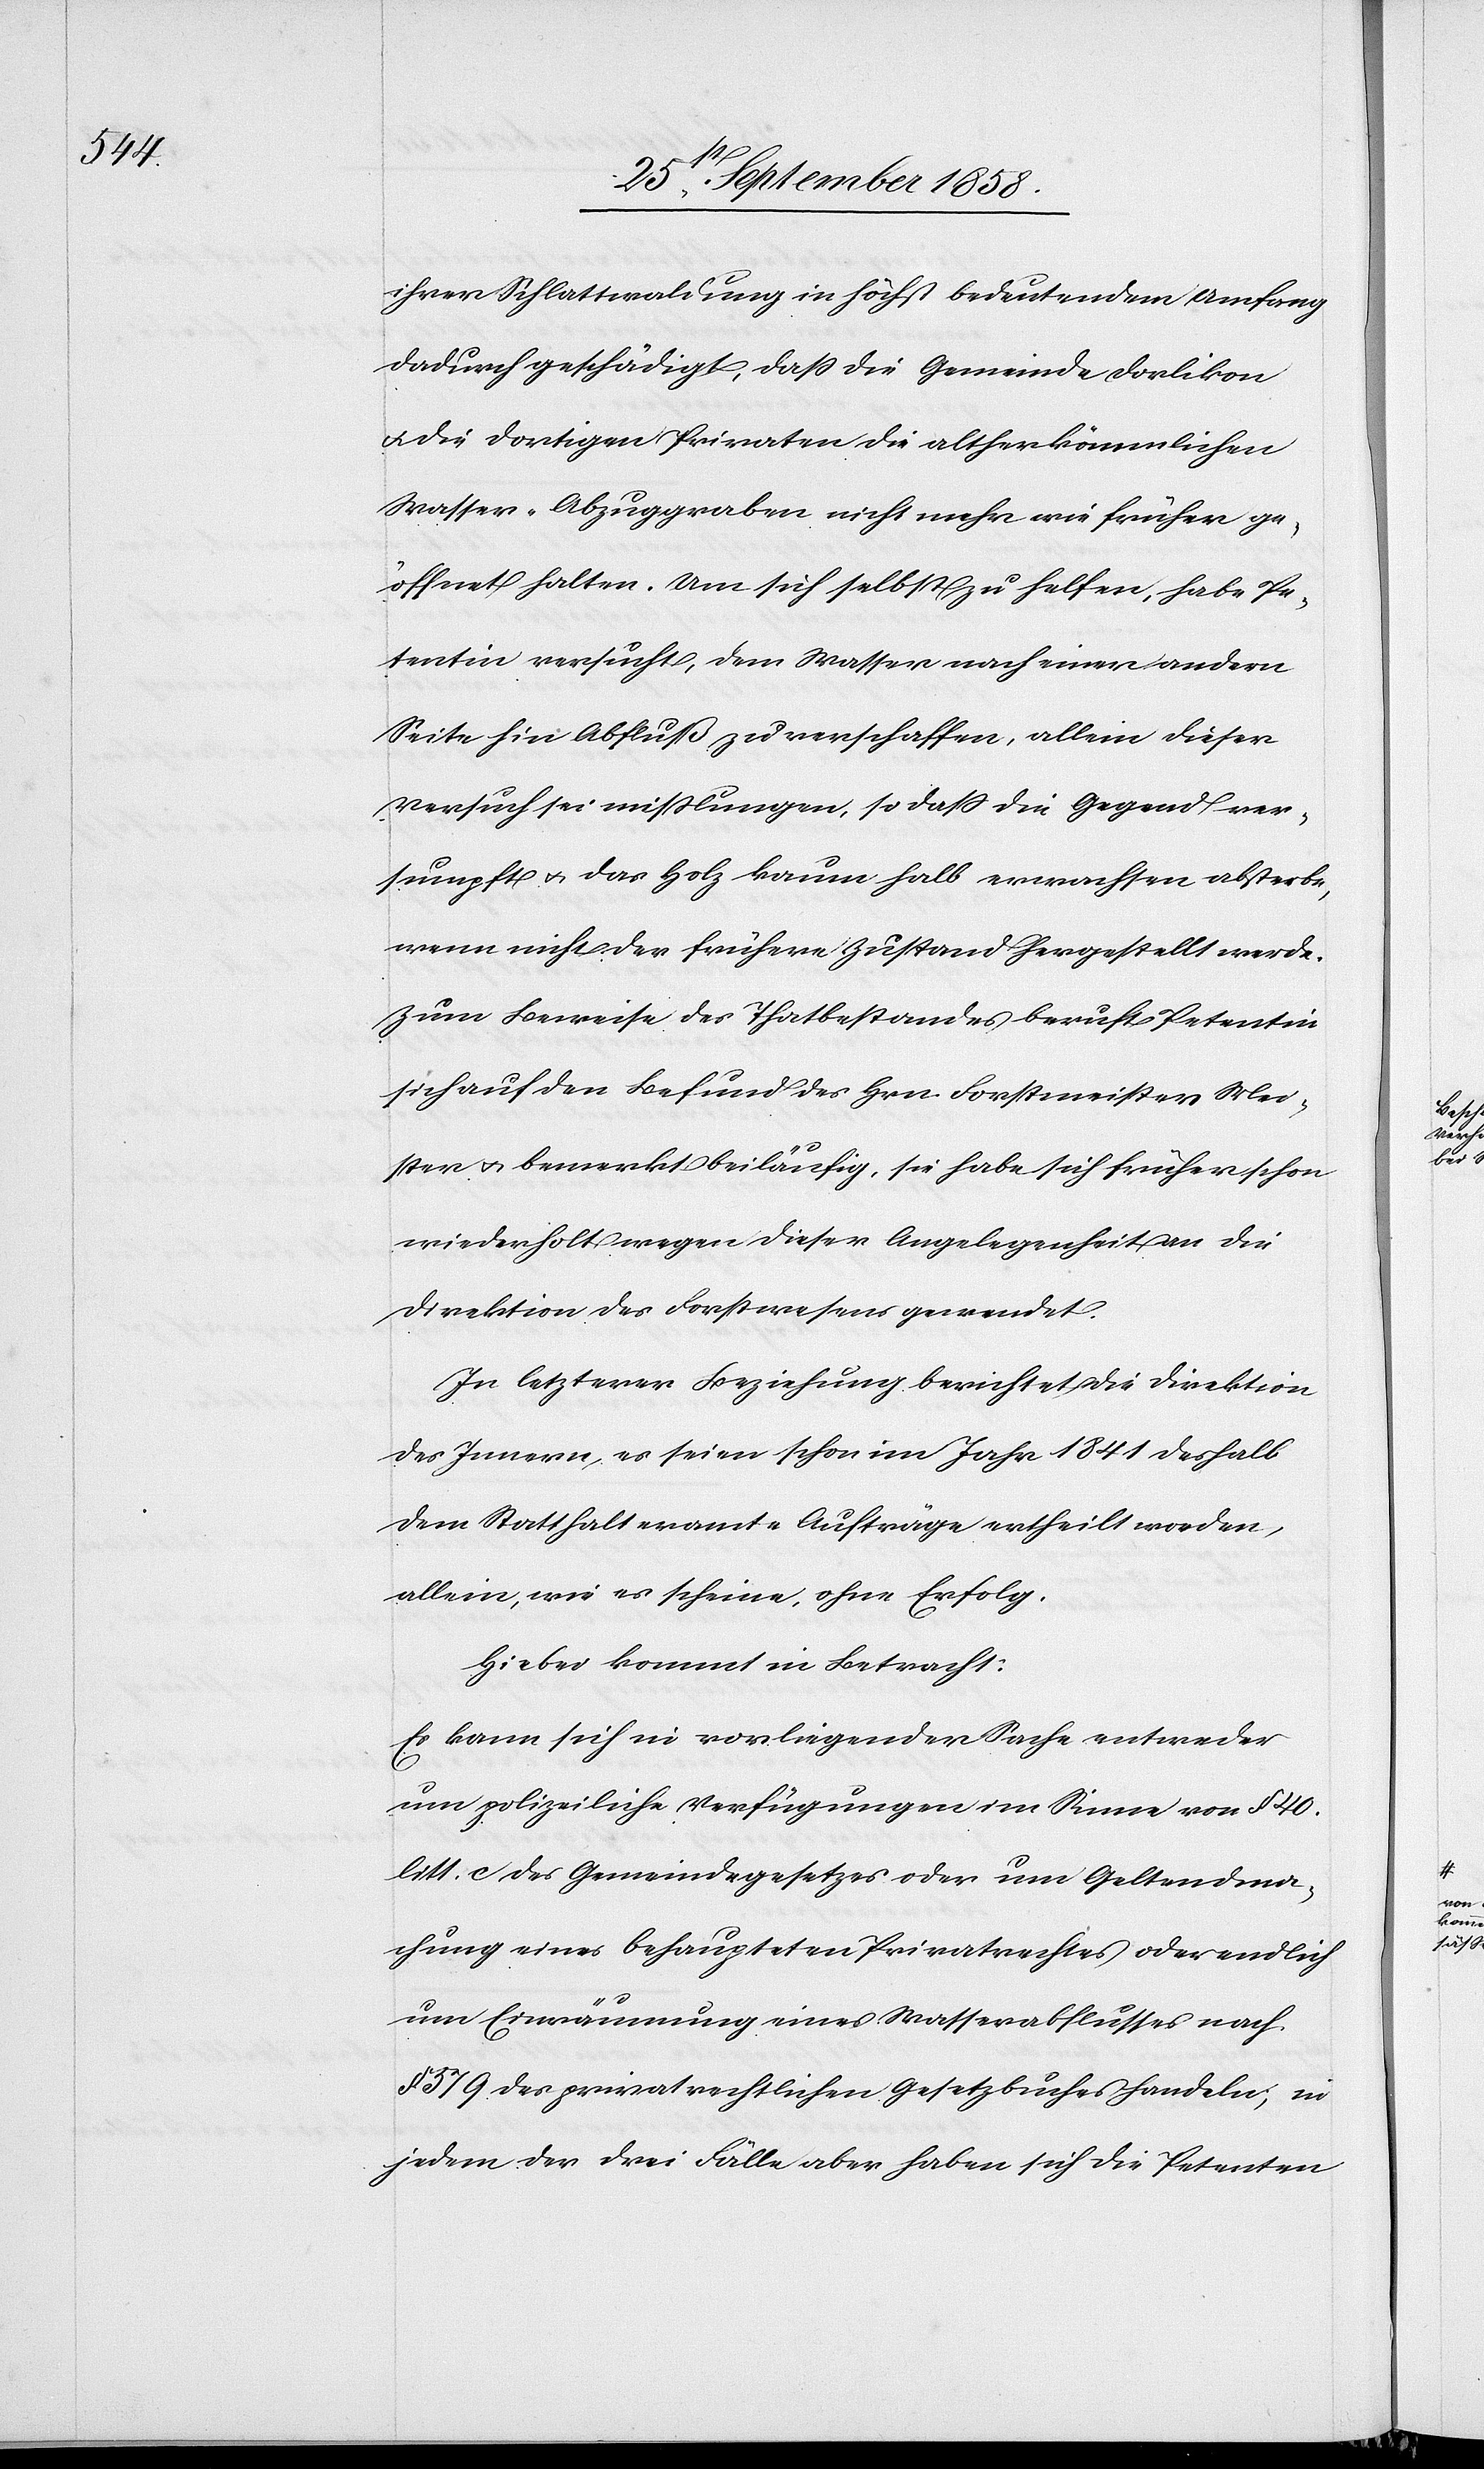
ihrer Schlattwaldung in höchst bedeutendem Umfang
dadurch geschädigt, daß die Gemeinde Dorlikon
& die dortigen Privaten die altherkömmlichen
Wasser-Abzuggraben nicht mehr wie früher ge¬
öffnet halten. Um sich selbst zu helfen, habe Pe¬
tentin versucht, dem Wasser nach einer andern
Seite hin Abfluß zu verschaffen, allein dieser
Versuch sei mißlungen, so dass die Gegend ver¬
sumpft & das Holz kaum halb erwachsen absterbe,
wenn nicht der frühere Zustand hergestellt werde.
Zum Beweise des Thatbestandes beruft Petentin
sich auf den Befund des Hrn. Forstmeister Mei¬
ster & bemerkt beiläufig, sie habe sich früher schon
wiederholt wegen dieser Angelegenheit an die
Direktion des Forstwesens gewendet.
In letzterer Beziehung berichtet die Direktion
des Innern, es seien schon im Jahr 1841 deshalb
dem Statthalteramte Aufträge ertheilt worden,
allein, wie es scheine, ohne Erfolg.
Hiebei kommt in Betracht:
Es kann sich in vorliegender Sache entweder
um polizeiliche Verfügungen im Sinne von § 40.
litt. c des Gemeindegesetzes oder um Geltendma¬
chung eines behaupteten Privatrechtes oder endlich
um Einräumung eines Wasserabflusses nach
§ 579 des privatrechtlichen Gesetzbuches handeln; in
jedem der drei Fälle aber haben sich die Petenten